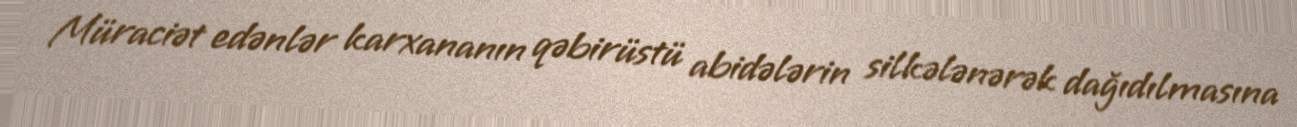
Müraciət edənlər karxananın qəbirüstü abidələrin silkələnərək dağıdılmasına